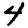
Digit: 4